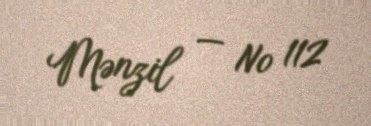
Mənzil — № 112